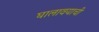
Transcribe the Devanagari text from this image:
घालावयाची